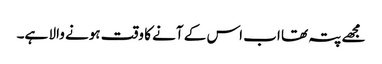
مجھے پتہ تھا اب اس کے آنے کا وقت ہونے والا ہے۔